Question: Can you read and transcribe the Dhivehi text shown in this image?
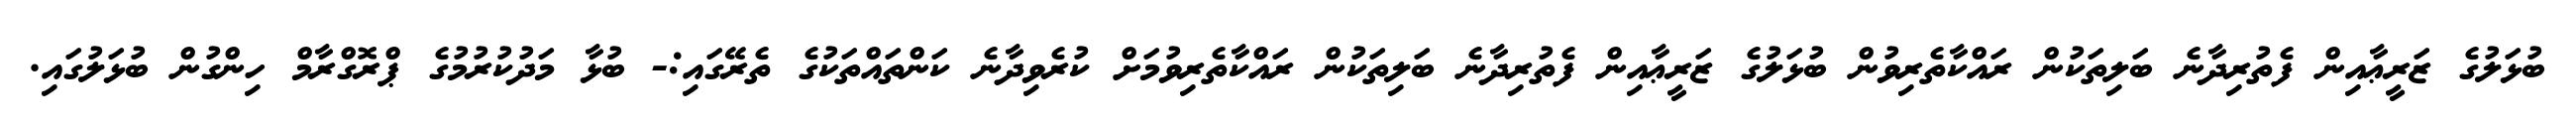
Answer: ބުޅަލުގެ ޒަރީޢާއިން ފެތުރިދާނެ ބަލިތަކުން ރައްކާތެރިވުން ބުޅަލުގެ ޒަރީޢާއިން ފެތުރިދާނެ ބަލިތަކުން ރައްކާތެރިވުމަށް ކުރެވިދާނެ ކަންތައްތަކުގެ ތެރޭގައި:- ބުޅާ މަދުކުރުމުގެ ޕްރޮގްރާމް ހިންގުން ބުޅަލުގައި.